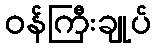
ဝန်ကြီးချုပ်